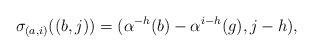
LaTeX: \begin{align*}\sigma_{(a,i)}((b,j))=(\alpha^{-h}(b)-\alpha^{i-h}(g),j-h),\end{align*}